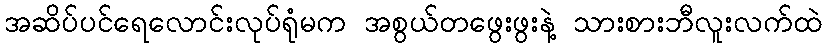
အဆိပ်ပင်ရေလောင်းလုပ်ရုံမက အစွယ်တဖွေးဖွးနဲ့ သားစားဘီလူးလက်ထဲ